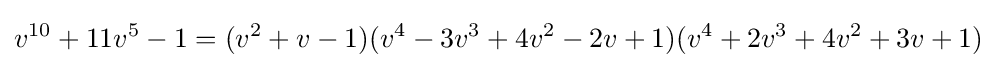
v^{10}+11v^{5}-1=(v^{2}+v-1)(v^{4}-3v^{3}+4v^{2}-2v+1)(v^{4}+2v^{3}+4v^{2}+3v+1)